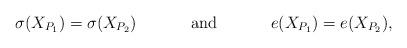
LaTeX: \begin{align*}&\sigma(X_{P_1})=\sigma(X_{P_2})& &\mathrm{and}& &e(X_{P_1})=e(X_{P_2}),& \end{align*}